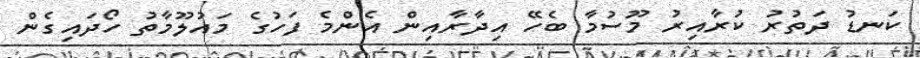
ކަނޑު ދަތުރު ކުރާއިރު މޫސުމާ ބެހޭ އިދާރާއިން އެންމެ ފަހުގެ މައުލޫމާތު ހޯދައިގެން